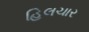
હિલચાર